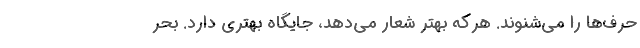
حرف‌ها را می‌شنوند. هرکه بهتر شعار می‌دهد، جایگاه بهتری دارد. بحر